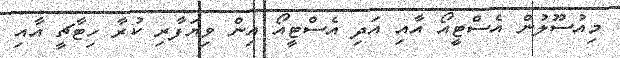
މިއުސޫލުން އެސްޓީއޯ އާއި އަދި އެސްޓީއޯ އިން ވިޔަފާރި ކުރާ ހިޓާޗީ އާއި